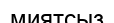
миятсыз